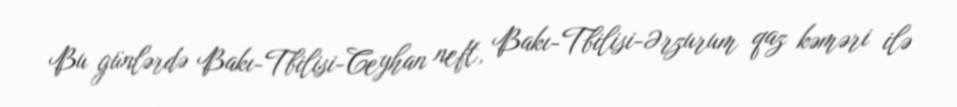
Bu günlərdə Bakı-Tbilisi-Ceyhan neft, Bakı-Tbilisi-Ərzurum qaz kəməri ilə